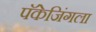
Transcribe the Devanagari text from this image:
पॅकेजिंगला